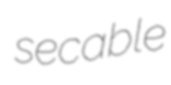
secable